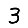
Digit: 3